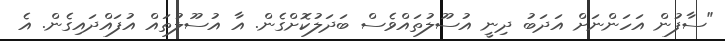
"ސާފުން އަހަންނަށް އަދަބު ދިނީ އުސޫލުތައްވެސް ބަދަލުކޮށްގެން. އާ އުސޫލުތައް އުފައްދައިގެން. އެ